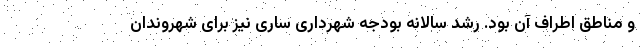
و مناطق اطراف آن بود. رشد سالانه بودجه شهرداری ساری نیز برای شهروندان